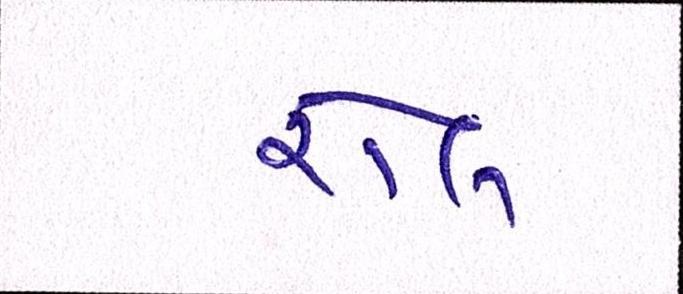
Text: રોલ